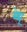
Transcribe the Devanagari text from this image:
बेद्व्य्र